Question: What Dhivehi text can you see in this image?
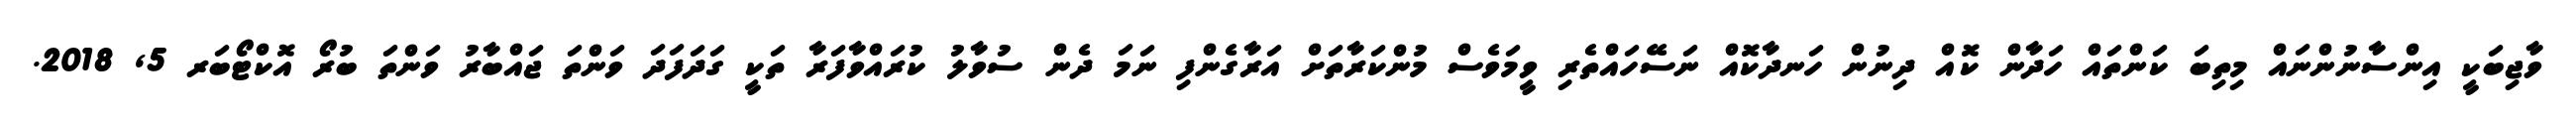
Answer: ވާޖިބަކީ އިންސާނުންނައް މިތިބަ ކަންތައް ހަދާން ކޮއް ދިނުން ހަނދާކޮއް ނަސޭހައްތެރި ވީމަވެސް މުންކަރާތަށް އަރާގެންފި ނަމަ ދެން ސުވާލު ކުރައްވާފަރާ ތަކީ ގަދަފަދަ ވަންތަ ޖައްބާރު ވަންތަ ބުރޯ އޮކްޓޯބަރ 5, 2018.